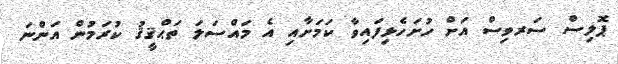
ޕޮލިސް ސަރވިސް އަށް ހުށަހެޅިފައިވާ ކަމަށާއި އެ މައްސަލަ ތަޙްޤީޤު ކުރަމުން އަންނަ